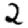
Digit: 2